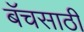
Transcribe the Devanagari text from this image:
बॅचसाठी